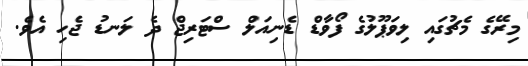
މިރޭގެ މެޗުގައި ލިވަޕޫލުގެ ފޯވާޑް ޑެނިއަލް ސްޓަރިޖް ދެ ލަނޑު ޖެހި އެވެ.